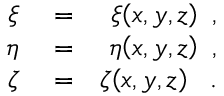
\begin{array} { r l r } { \xi } & { { } = } & { \xi { \left( x , y , z \right) } \, \mathrm { ~ , ~ } } \\ { \eta } & { { } = } & { \eta { \left( x , y , z \right) } \, \mathrm { ~ , ~ } } \\ { \zeta } & { { } = } & { \zeta { \left( x , y , z \right) } \ \, \mathrm { ~ . ~ } } \end{array}